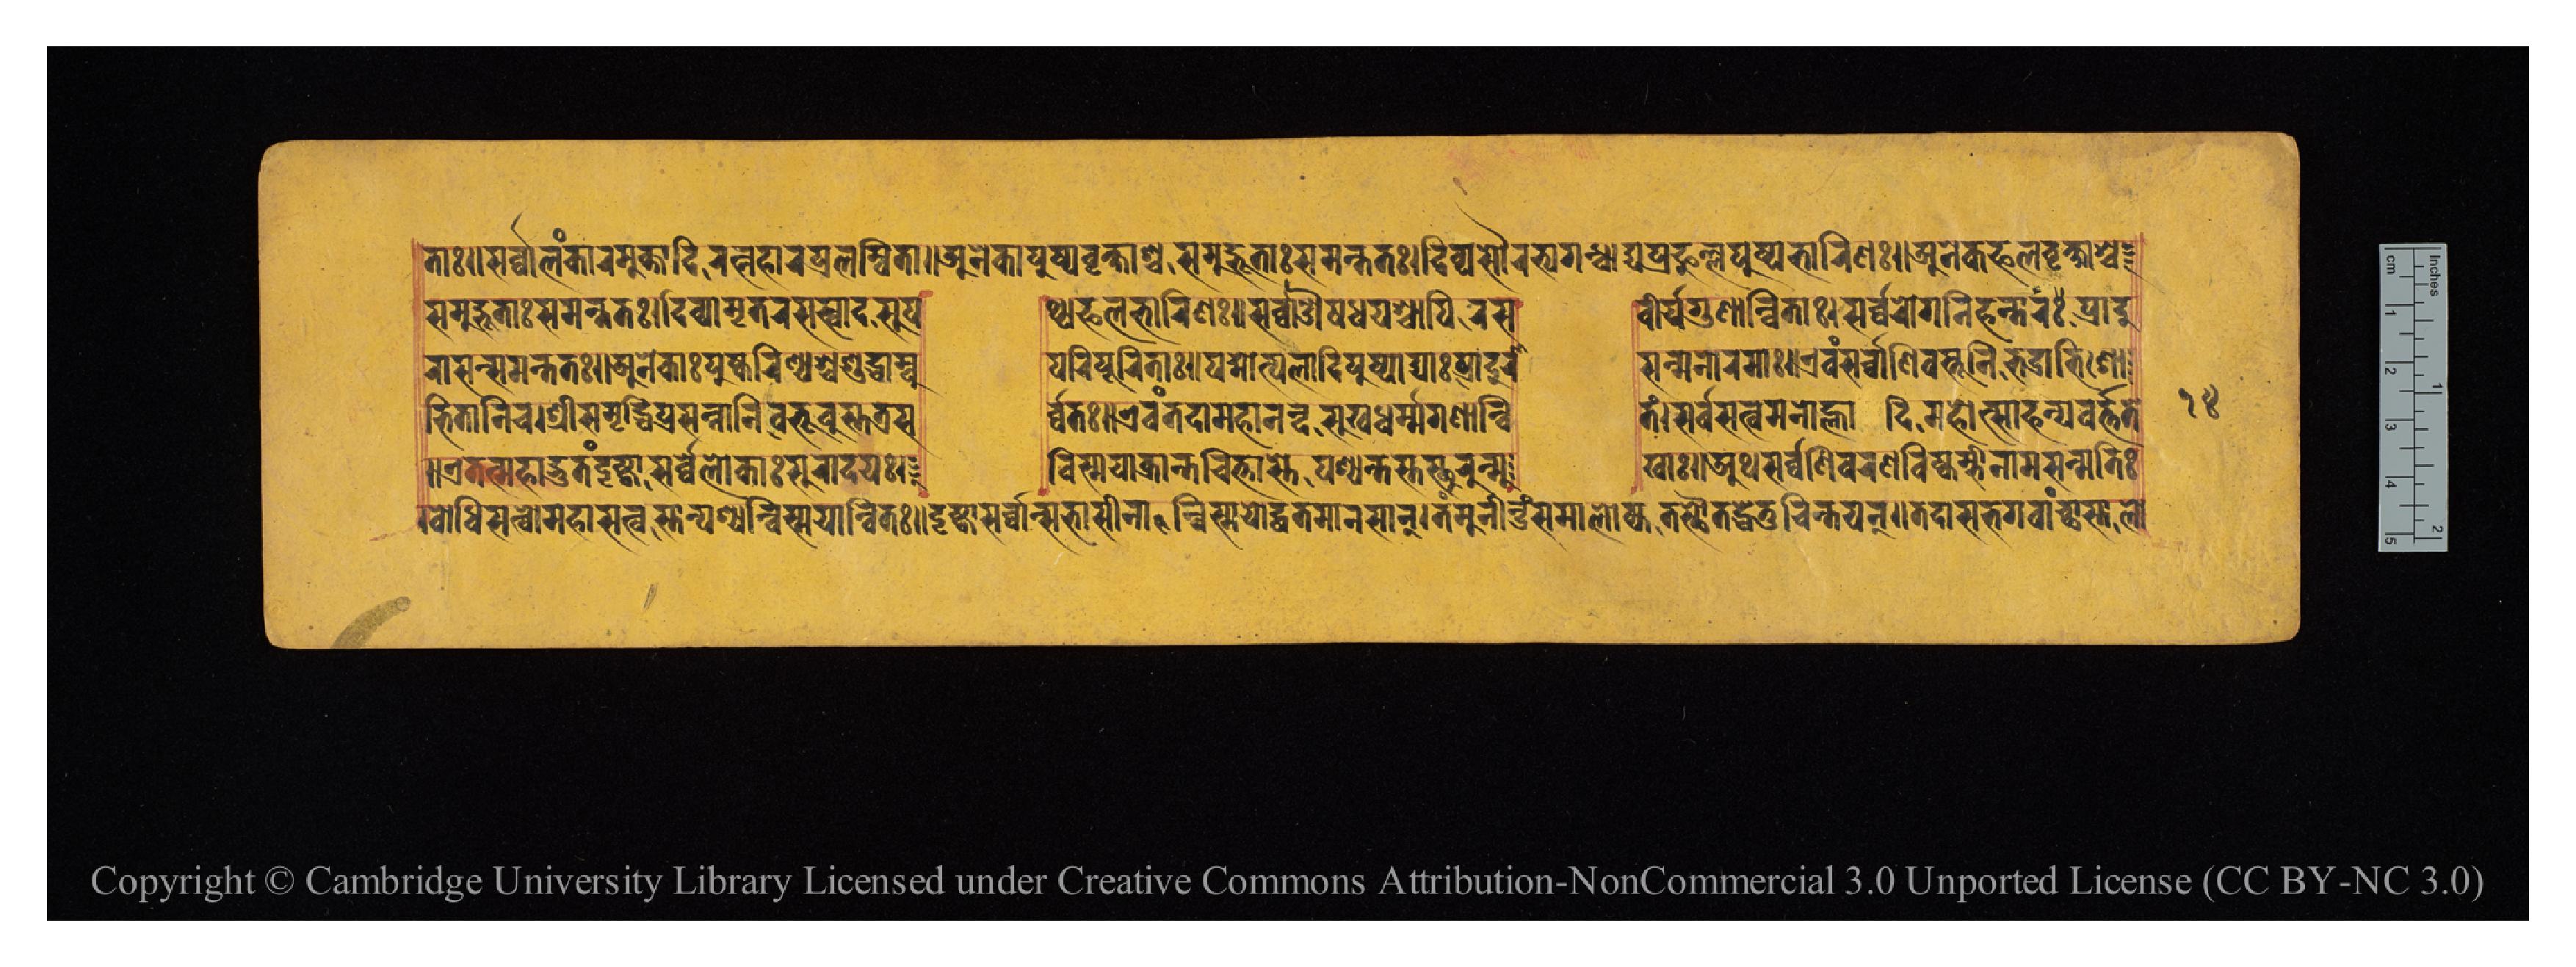
𑐟𑐵𑑅𑑌𑐳𑐬𑑂𑐰𑑂𑐰𑐵𑐮𑑄𑐎𑐵𑐬𑐩𑐸𑐎𑑂𑐟𑐵𑐡𑐶𑐬𑐟𑑂𑐣𑐴𑐵𑐬𑐥𑑂𑐬𑐮𑐩𑑂𑐧𑐶𑐟𑐵𑑌𑐀𑐣𑐾𑐎𑐵𑐥𑐸𑐲𑑂𑐥𑐰𑐺𑐎𑑂𑐲𑐵𑐱𑑂𑐰𑐳𑐩𑐸𑐡𑑂𑐨𑐹𑐟𑐵𑑅𑐳𑐩𑐣𑑂𑐟𑐟𑑅𑑌𑐡𑐶𑐰𑑂𑐫𑐳𑑁𑐬𑐨𑑂𑐫𑐵𑐐𑐣𑑂𑐢𑐵𑐡𑑂𑐫𑐥𑑂𑐬𑐔𑑂𑐕𑐣𑑂𑐣𑐥𑐸𑐲𑑂𑐥𑐨𑐵𑐬𑐶𑐞𑑅𑑌𑐀𑐣𑐾𑐎𑐦𑐮𑐰𑐺𑐎𑑂𑐲𑐵𑐱𑑂𑐔 𑐳𑐩𑐸𑐡𑑂𑐨𑐹𑐟𑐵𑑅𑐳𑐩𑐣𑑂𑐟𑐟𑑅𑑋𑐡𑐶𑐰𑑂𑐫𑐩𑐺𑐟𑐬𑐳𑐳𑑂𑐰𑐵𑐡𑐳𑐸𑐥  𑐠𑑂𑐫𑐦𑐮𑐨𑐵𑐬𑐶𑐞𑑅𑑌𑐳𑐬𑑂𑐰𑑂𑐰𑐵𑐍𑐲𑐢𑐫𑐱𑑂𑐔𑐵𑐥𑐶𑐬𑐳  𑐰𑐷𑐬𑑂𑐫𑐐𑐸𑐞𑐵𑐣𑑂𑐰𑐶𑐟𑐵𑑅𑑋𑐳𑐬𑑂𑐰𑑂𑐰𑐵𑐬𑑀𑐐𑐣𑐶𑐴𑐣𑑂𑐟𑐵𑐬𑑅𑐥𑑂𑐬𑐵𑐡𑐸 𑐬𑐵𑐳𑐣𑑂𑐳𑐩𑐣𑑂𑐟𑐟𑑅𑑌𑐀𑐣𑐾𑐎𑐵𑑅𑐥𑐸𑐲𑑂𑐎𑐬𑐶𑐞𑑂𑐫𑐱𑑂𑐔𑐱𑐸𑐡𑑂𑐢𑐵𑐩𑑂𑐧𑐸  𑐥𑐬𑐶𑐥𑐹𑐬𑐶𑐟𑐵𑑅𑑌𑐥𑐡𑑂𑐩𑑀𑐟𑑂𑐥𑐮𑐵𑐡𑐶𑐥𑐸𑐲𑑂𑐥𑐵𑐝𑑂𑐫𑐵𑑅𑐥𑑂𑐬𑐵𑐡𑐸𑐬𑐵  𑐳𑐣𑑂𑐩𑐣𑑀𑐬𑐩𑐵𑑅𑑌𑐊𑐰𑑄𑐳𑐬𑑂𑐰𑑂𑐰𑐵𑐞𑐶𑐰𑐳𑑂𑐟𑐹𑐣𑐶𑐨𑐡𑑂𑐬𑐵𑐨𑐶𑐱𑑀 𑐨𑐶𑐟𑐵𑐣𑐶𑐔𑑋𑐱𑑂𑐬𑐷𑐳𑐩𑐺𑐡𑑂𑐢𑐥𑑂𑐬𑐳𑐣𑑂𑐣𑐵𑐣𑐶𑐧𑐨𑐹𑐰𑐸𑐳𑑂𑐟𑐟𑑂𑐬𑐳  𑐬𑑂𑐰𑑂𑐰𑐟𑑅𑑌𑐊𑐰𑑄𑐟𑐡𑐵𑐩𑐴𑐵𑐣𑐣𑑂𑐡𑐳𑐸𑐏𑐢𑐬𑑂𑐩𑑂𑐩𑐐𑐸𑐞𑐵𑐣𑑂𑐰𑐶  𑐟𑑄𑑋𑐳𑐬𑑂𑐰𑐳𑐟𑑂𑐰𑐩𑐣𑑀𑐴𑑂𑐮𑐵𑐡𑐶𑐩𑐴𑑀𑐟𑑂𑐳𑐵𑐴𑐣𑑂𑐥𑐰𑐬𑑂𑐟𑑂𑐟𑐟𑐾 𑑌𑐊𑐟𑐣𑑂𑐩𑐴𑐵𑐡𑑂𑐨𑐹𑐟𑑄𑐡𑐻𑐲𑑂𑐚𑑂𑐰𑐵𑐳𑐬𑑂𑐰𑑂𑐰𑐾𑐮𑑀𑐎𑐵𑑅𑐳𑐸𑐬𑐵𑐡𑐫𑑅𑑋  𑐰𑐶𑐳𑑂𑐩𑐫𑐵𑐎𑑂𑐬𑐵𑐣𑑂𑐟𑐔𑐶𑐟𑑂𑐟𑐵𑐳𑑂𑐟𑐾𑐥𑐱𑑂𑐫𑐣𑑂𑐟𑐳𑑂𑐟𑐳𑑂𑐠𑐸𑐬𑐸𑐣𑑂𑐩𑐸  𑐏𑐵𑑅𑑌𑐀𑐠𑐳𑐬𑑂𑐰𑑂𑐰𑐣𑐷𑐰𑐬𑐞𑐰𑐶𑐲𑑂𑐎𑐩𑑂𑐨𑐷𑐣𑐵𑐩𑐳𑐣𑑂𑐩𑐟𑐶𑑅 𑑋𑐧𑑀𑐢𑐶𑐳𑐟𑑂𑐰𑑀𑐩𑐴𑐵𑐳𑐟𑑂𑐰𑐳𑑂𑐟𑐵𑐣𑑂𑐥𑐱𑑂𑐫𑐣𑑂𑐰𑐶𑐳𑑂𑐩𑐫𑐵𑐣𑑂𑐰𑐶𑐟𑑅𑑌𑐡𑐺𑐲𑑂𑐚𑑂𑐰𑐵𑐳𑐬𑑂𑐰𑑂𑐰𑐵𑐣𑑂𑐳𑐨𑐵𑐳𑐷𑐣𑐵𑐣𑑂𑐰𑐶𑐳𑑂𑐩𑐫𑑀𑐡𑑂𑐢𑐟𑐩𑐵𑐣𑐳𑐵𑐣𑑂𑑋𑐟𑑄𑐩𑐸𑐣𑐷𑐣𑑂𑐡𑑂𑐬𑑄𑐳𑐩𑐵𑐮𑑀𑐎𑑂𑐫𑐟𑐳𑑂𑐠𑑁𑐟𑐡𑑂𑐢𑐾𑐟𑐸𑐘𑑂𑐔𑐶𑐣𑑂𑐟𑐫𑐣𑑂𑑌𑐟𑐡𑐵𑐳𑐨𑐐𑐰𑐵𑑄𑐔𑑂𑐕𑐵𑐳𑑂𑐟𑐵𑐮𑑀 𑑑𑑔